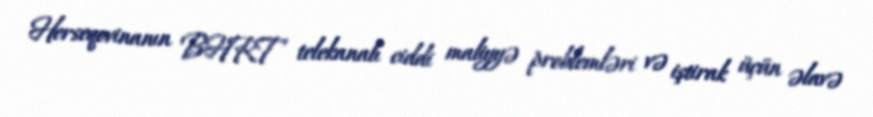
Herseqovinanın BHRT telekanalı ciddi maliyyə problemləri və iştirak üçün əlavə